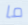
ما